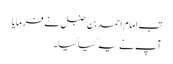
تب امام احمد بن حنبل نے فرمایا
آپ نے یہ کیا کیا۔